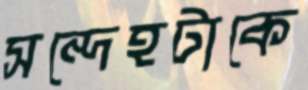
সন্দেহটাকে